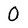
Character: O